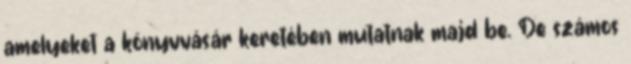
amelyeket a könyvvásár keretében mutatnak majd be. De számos